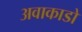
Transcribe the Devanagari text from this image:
अवाकाडो